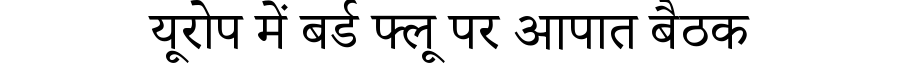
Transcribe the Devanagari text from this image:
यूरोप में बर्ड फ्लू पर आपात बैठक